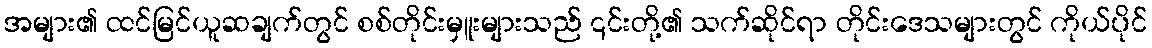
အများ၏ ထင်မြင်ယူဆချက်တွင် စစ်တိုင်းမှူးများသည် ၎င်းတို့၏ သက်ဆိုင်ရာ တိုင်းဒေသများတွင် ကိုယ်ပိုင်